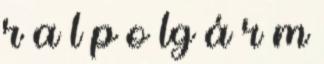
r a l p o lg á r m